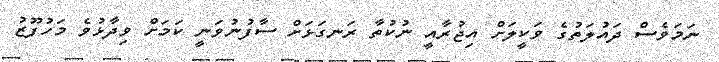
ނަމަވެސް ދައުލަތުގެ ވަކީލަށް އިޖުރާއީ ނުކުތާ ރަނގަޅަށް ސާފުނުވަނީ ކަމަށް ވިދާޅުވެ މަހުފޫޒު